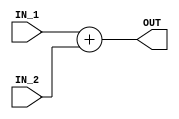
//`timescale 1ns / 1ps
//////////////////////////////////////////////////////////////////////////////////
// Company: 
// 
// Design Name: 
// Module Name: Adder
// Project Name: 
// Target Devices: 
// Tool Versions: 
// Description: 
// 
// Dependencies: 
// 
// Revision:
// Revision 0.01 - File Created
// Additional Comments:
// 
//////////////////////////////////////////////////////////////////////////////////


module Adder #(parameter ADDER_WIDTH = 32)
(
input  [ADDER_WIDTH - 1 : 0] IN_1 , IN_2 ,
output [ADDER_WIDTH - 1 : 0] OUT  
);
assign OUT = IN_1 + IN_2 ;

endmodule